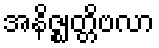
အနိဇ္ဈတ္တိဗလာ